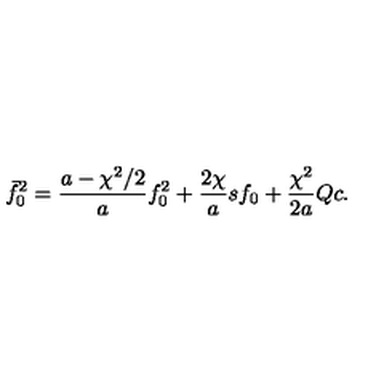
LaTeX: \bar { f } _ { 0 } ^ { 2 } = \frac { a - \chi ^ { 2 } / 2 } { a } f _ { 0 } ^ { 2 } + \frac { 2 \chi } { a } s f _ { 0 } + \frac { \chi ^ { 2 } } { 2 a } Q c .